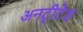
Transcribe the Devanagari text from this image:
अनट्रीटेड